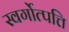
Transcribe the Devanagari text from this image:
स्वर्गोत्पत्ति